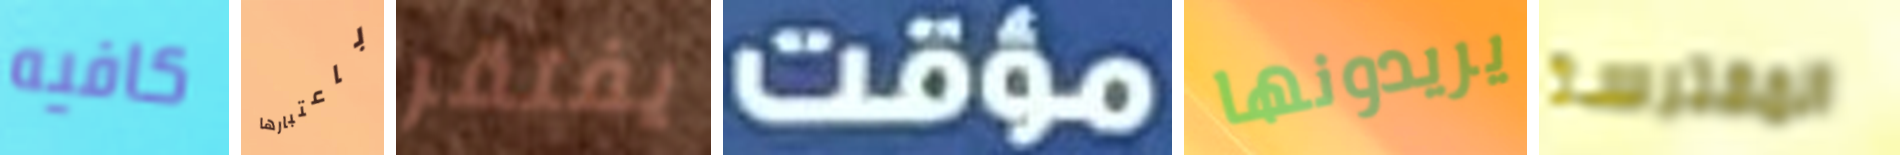
كافيه باعتبارها يفتقر مؤقت يريدونها المفترسة